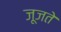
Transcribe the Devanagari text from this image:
जूजते